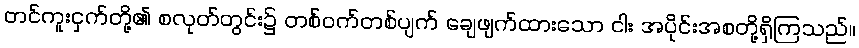
တင်ကူးငှက်တို့၏ စလုတ်တွင်း၌ တစ်ဝက်တစ်ပျက် ချေဖျက်ထားသော ငါး အပိုင်းအစတို့ရှိကြသည်။